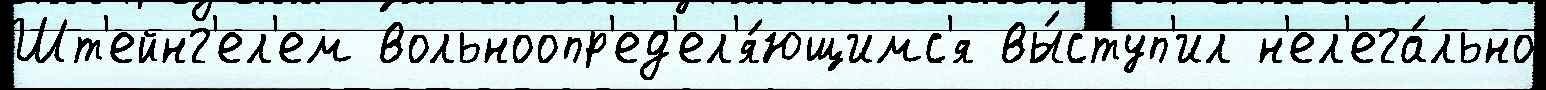
Шт'ейнг'ел'ем вольноопр'ед'ел'я́ющимс'я вы́ступ'ил н'ел'ега́льно